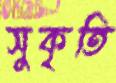
সুকৃতি